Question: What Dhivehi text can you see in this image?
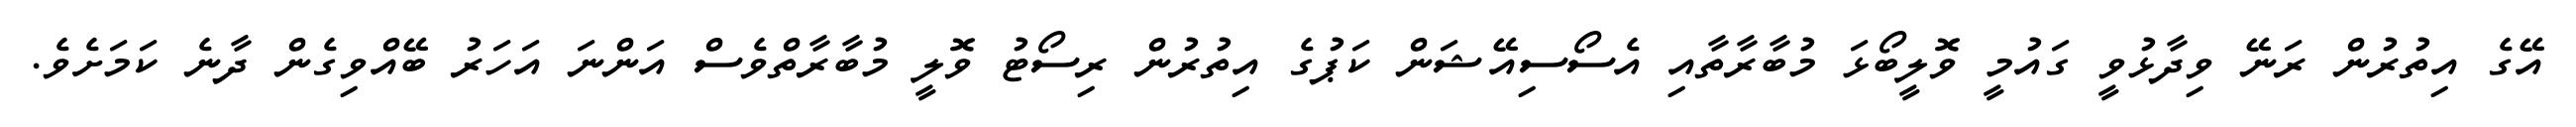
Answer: އޭގެ އިތުރުން ރަނޭ ވިދާޅުވީ ގައުމީ ވޮލީބޯޅަ މުބާރާތާއި އެސޯސިއޭޝަން ކަޕުގެ އިތުރުން ރިސޯޓު ވޮލީ މުބާރާތްވެސް އަންނަ އަހަރު ބޭއްވިގެން ދާނެ ކަމަށެވެ.